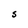
Character: s